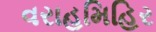
વરાહમિહિર